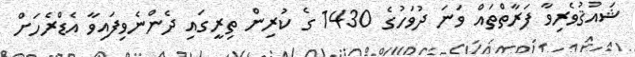
ޝައުޤުވެރިވާ ފަރާތްތައް ވަނަ ދުވަހުގެ 1430 ގެ ކުރިން ތިރީގައި ދެންނެވިފައިވާ އެޑްރެހަށް